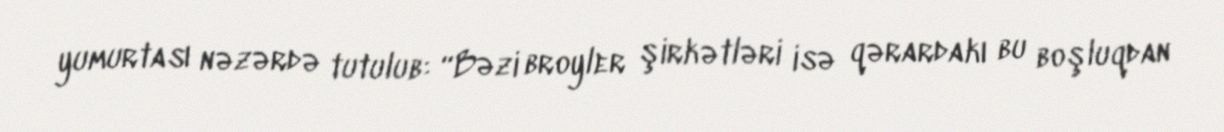
yumurtası nəzərdə tutulub: “Bəzi broyler şirkətləri isə qərardakı bu boşluqdan